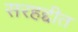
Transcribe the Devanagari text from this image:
सरहद्दीत